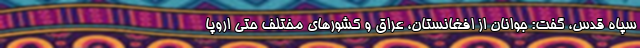
سپاه قدس، گفت: جوانان از افغانستان، عراق و کشورهای مختلف حتی اروپا